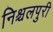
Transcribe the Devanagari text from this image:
निश्चलपुरी